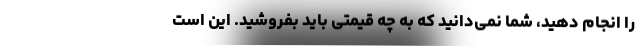
را انجام دهید، شما نمی‌دانید که به چه قیمتی باید بفروشید. این است